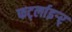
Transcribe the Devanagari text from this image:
फर्ट्लाइर्‍र्